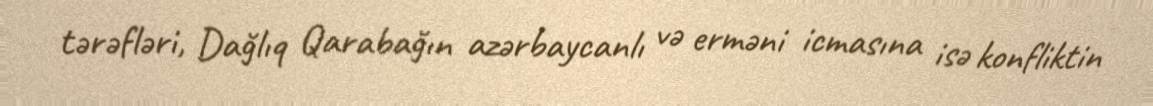
tərəfləri, Dağlıq Qarabağın azərbaycanlı və erməni icmasına isə konfliktin